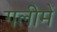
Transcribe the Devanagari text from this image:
गलीमें